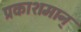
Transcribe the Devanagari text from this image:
प्रकाशमान्